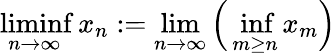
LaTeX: \operatorname*{liminf}_{n\to\infty}x_{n}:=\operatorname*{lim}_{n\to\infty}{\Big(}\operatorname*{inf}_{m\geq n}x_{m}{\Big)}